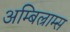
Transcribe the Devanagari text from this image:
अम्बिल्राम्स